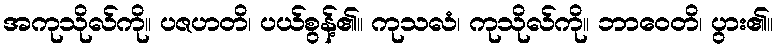
အကုသိုလ်ကို။ ပဇဟတိ၊ ပယ်စွန့်၏။ ကုသလံ၊ ကုသိုလ်ကို။ ဘာဝေတိ၊ ပွား၏။